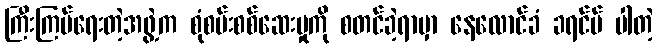
ကြီးကြပ်ရေးတဲ့အဖွဲ့က စုံစမ်းစစ်ဆေးမှုကို စတင်ခဲ့ရာမှာ နေလောင်ခံ ခရင်မ် ပါတဲ့